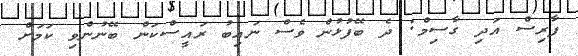
ފާރިސް އަދި ގާސިމް: ދެ ބޭފުޅުން ވެސް ނައިބު ރައީސްކަން ބޭނުންވި ކަމަށް